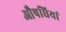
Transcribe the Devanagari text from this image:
औषधियां